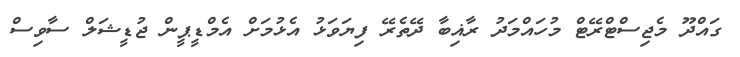
ގައްދޫ މެޖިސްޓްރޭޓް މުހައްމަދު ރާޣިބާ ދޭތެރޭ ފިޔަވަޅު އެޅުމަށް އެމްޑީޕީން ޖުޑީޝަލް ސާވިސް